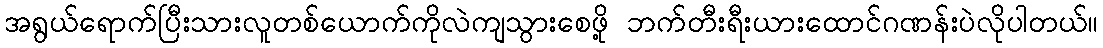
အရွယ်ရောက်ပြီးသားလူတစ်ယောက်ကိုလဲကျသွားစေဖို့ ဘက်တီးရီးယားထောင်ဂဏန်းပဲလိုပါတယ်။